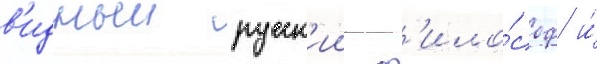
в'идныи русск'ии ф'ило́соф и́